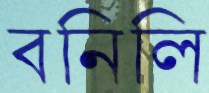
বনিলি